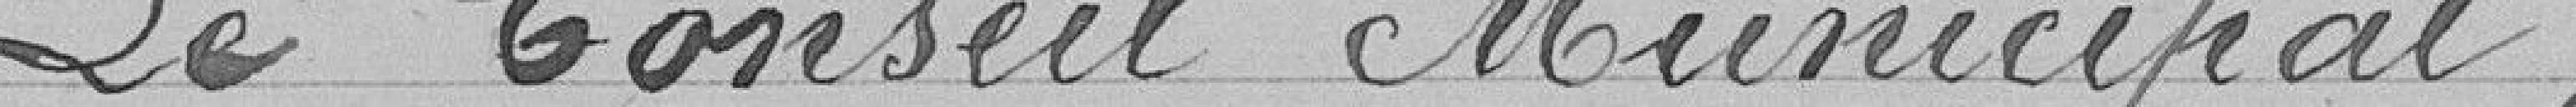
Le Conseil Municipal